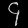
Digit: ၄